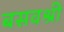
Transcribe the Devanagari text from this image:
बसवश्री